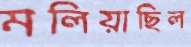
মলিয়াছিল